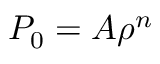
P _ { 0 } = A \rho ^ { n }